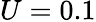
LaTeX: U=0.1